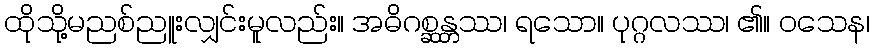
ထိုသို့မညစ်ညူးလျှင်းမူလည်း။ အဓိဂစ္ဆန္တဿ၊ ရသော။ ပုဂ္ဂလဿ၊ ၏။ ဝသေန၊